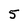
Character: 5